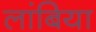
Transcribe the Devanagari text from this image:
लांबिया